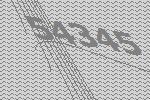
54345